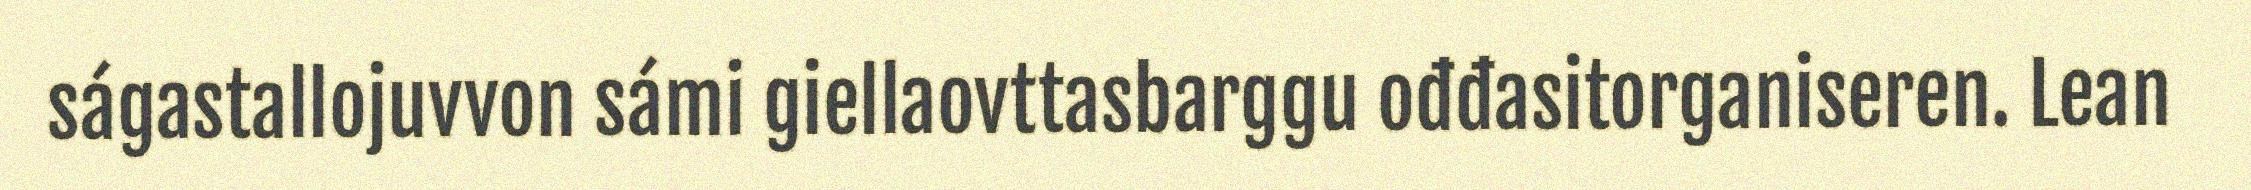
ságastallojuvvon sámi giellaovttasbarggu ođđasitorganiseren. Lean